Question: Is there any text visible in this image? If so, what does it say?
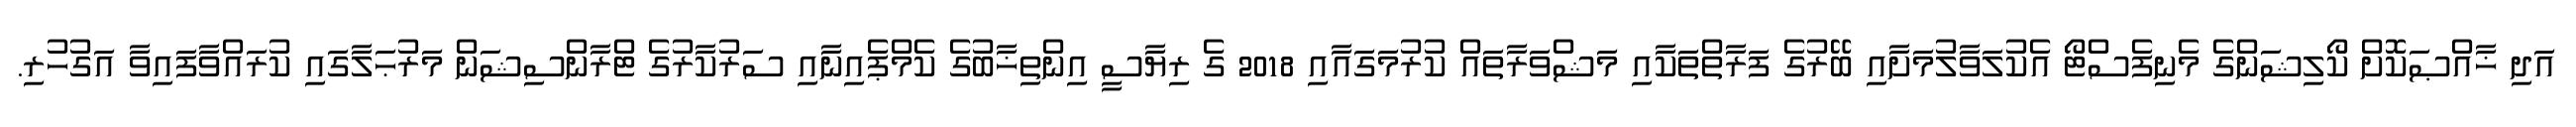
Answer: އަދި ޚާއްޞަކޮށް ކޯލިޝަންގެ މެނިފެސްޓޯ އެކުލަވާލުމަށާއި ބޭރުގެ ފަރާތްތަކާއި މަޝްވަރާތައް ކުރުމަގައާއި 2018 ގެ ރިޔާސީ އިންތިޚާބުގެ ކެމްޕެއިނާއި ސަރުކާރުގެ ޓްރާންސިޝަން މަރުޙަލާގައި ކުރައްވާފައިވާ އަގުހުރި.